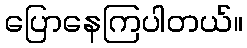
ပြောနေကြပါတယ်။